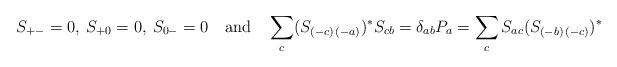
LaTeX: \begin{align*}S_{+-}=0,\>S_{+0}=0,\>S_{0-}=0\quad \mathrm{and}\quad\sum_{c}(S_{(-c)\,(-a)})^{\ast }S_{cb}=\delta_{ab}P_{a}=\sum_{c}S_{ac}(S_{(-b)\,(-c)})^{\ast } \end{align*}